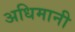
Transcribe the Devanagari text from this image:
अधिमानी